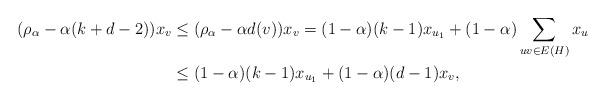
LaTeX: \begin{align*}\begin{aligned} (\rho_\alpha-\alpha (k+d-2)) x_{v} &\leq(\rho_\alpha-\alpha d(v)) x_{v} = (1-\alpha)(k-1)x_{u_1}+(1-\alpha)\sum_{uv\in E(H)}x_u\\ & \leq(1-\alpha)(k-1)x_{u_1}+(1-\alpha)(d-1)x_v, \end{aligned} \end{align*}